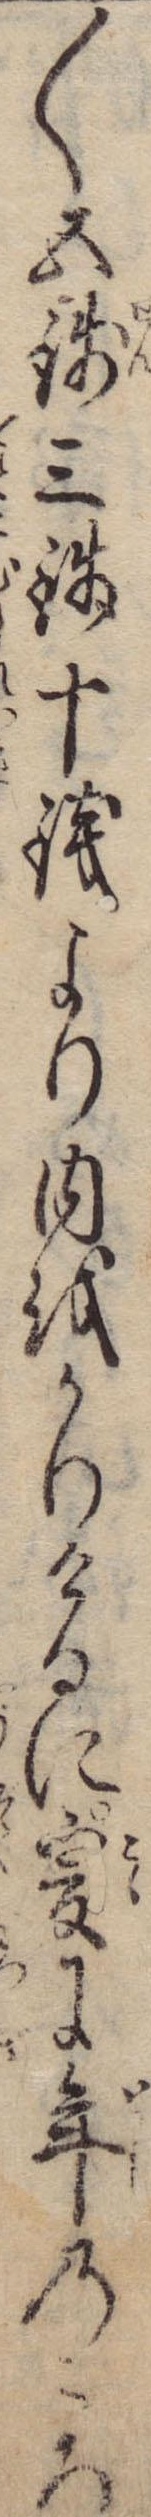
〱五銭三銭十銭より内をかりけるに爰に年のころ